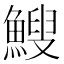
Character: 䱸